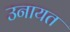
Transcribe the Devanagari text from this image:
उनायत